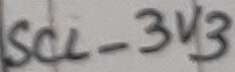
Text: SCL_3V3